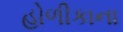
હોળીકાના